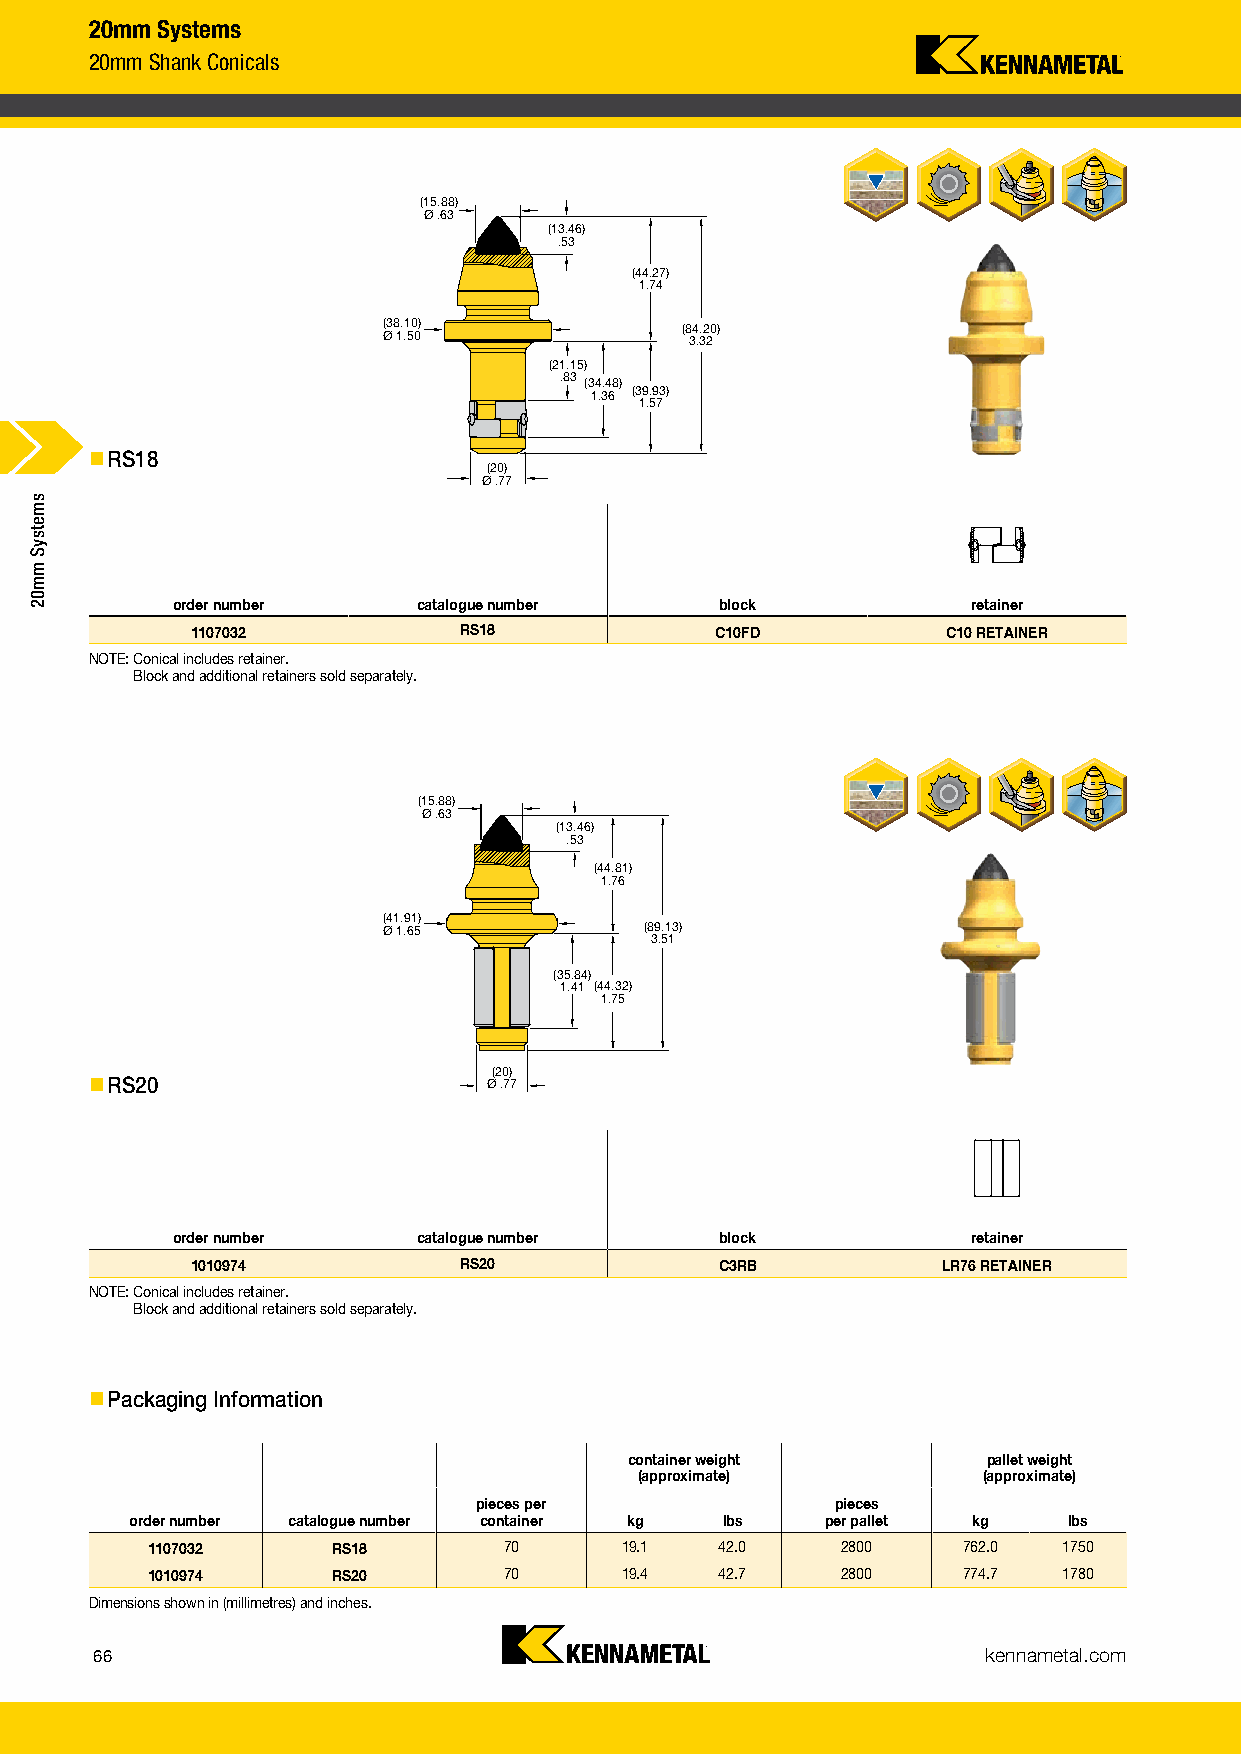
20mm Systems
 20mm Shank Conicals
 (15.88)
 Ø .63
 (13.46)
 .53
 (44.27)
 1.74
 (38.10)             (84.20)
 Ø 1.50               3.32
 (21.15)
 .83 (34.48)
 1.36 (39.93)
 1.57
 nnRS18
 (20)
 Ø .77
 Tab text aligns here
 x = 0.2431 in
 y = 3.2865 in
 order number     catalogue number    block           retainer
 1107032          RS18             C10FD           C10 RETAINER
 NOTE: C onical includes retainer.
 Block and additional retainers sold separately.
 (15.88)
 Ø .63
 (13.46)
 .53
 (44.81)
 1.76
 (41.91)
 Ø 1.65            (89.13)
 3.51
 (35.84)
 1.41 (44.32)
 1.75
 (20)
 nnRS20                    Ø .77
 order number     catalogue number    block           retainer
 1010974          RS20              C3RB          LR76 RETAINER
 NOTE: Conical includes retainer.
 Block and additional retainers sold separately.
 nnPackaging Information
 container weight       pallet weight
 (approximate)          (approximate)
 pieces per             pieces
 order number catalogue number container kg lbs per pallet kg  lbs
 1107032     RS18       70      19.1   42.0    2800    762.0 1750
 1010974     RS20       70      19.4   42.7    2800    774.7 1780
 Dimensions shown in (millimetres) and inches.
 66                                                         kennametal.com
 Language Version: KMT_Foundation_Drilling_2016_Catalog_066_067_EN October 14, 2016 9:45 AM
 smetsyS
 mm02